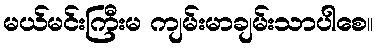
မယ်မင်းကြီးမ ကျမ်းမာချမ်းသာပါစေ။